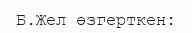
Б.Жел өзгерткен: